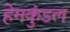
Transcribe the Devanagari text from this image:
हेमकुंडल